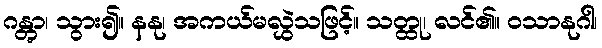
ဂန္တွာ၊ သွား၍။ နနု၊ အကယ်မလွှဲသဖြင့်။ သတ္ထု၊ လင်၏။ ဝသာနုဂါ၊